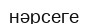
нәрсеге